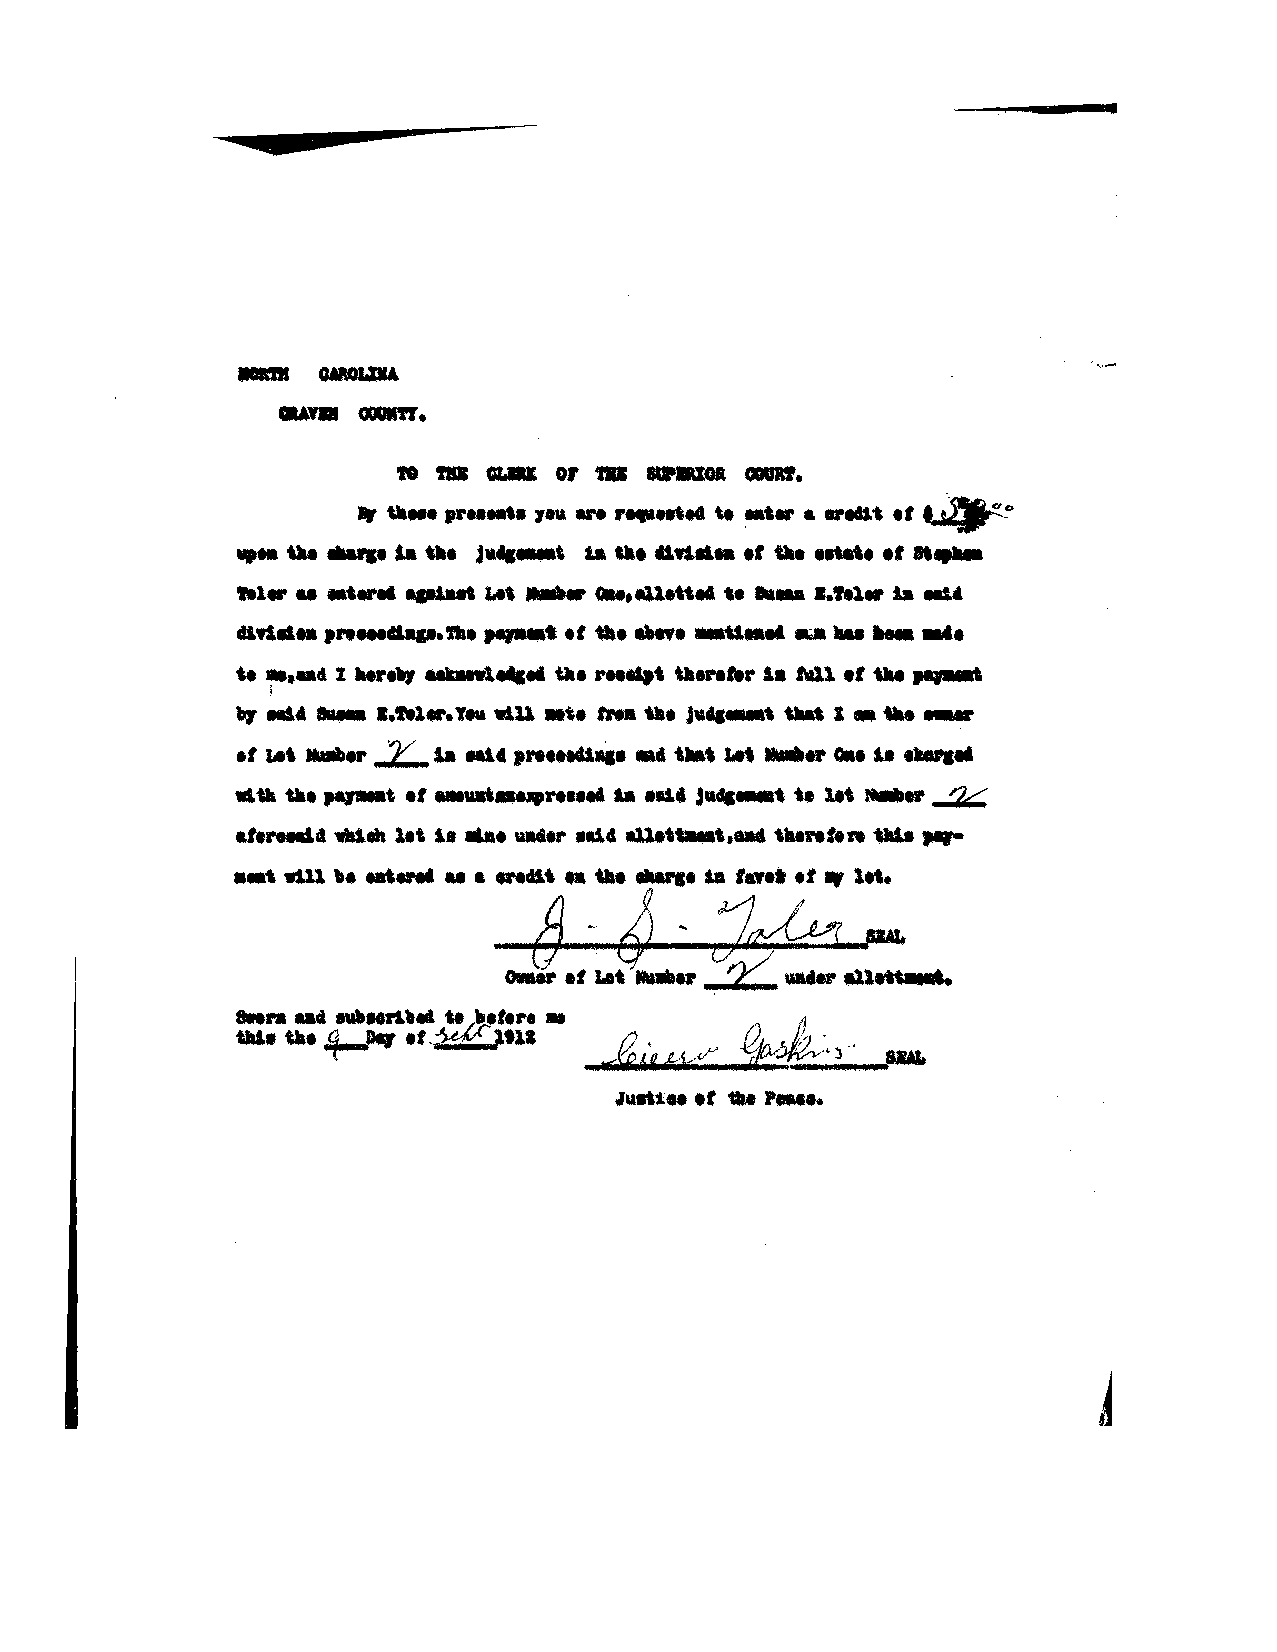
a
 to til CUll or til __01 cant•
 .,         7           -
 ~
 .. a   t
 .,~~
 "P" tu    la tlte j  , b til....... • t tlae eltat, ., ......
 tel             LI'    oa_,.nett.. t   tel.. ta ..u
 aft
 &ap.a. ,.,..• •t    -.au
 &II Me    .
 .t. ,... •.
 u ~._cl 1 Mr    1..... til t \Ia.n"" la tta11 .t \U .....
 .,       1•.,.1 Yea will     j     , __ I _  ...
 ,NI""'
 •, ~t .- .J::..u ale          J.L,.e_t t Ga. l8 ..
 •• tlae ,.,..at .,       ill           1.t    ~
 "'.r
 .,        lit S.e     .4 41.t  , .... tll , _. ,.,.
 ••, will ,          tilt .. tile tl&U'l_ ill '.et ., lit' ltt.
 ...
 ~
 ...
 ..,.................
 ~--..,... ~
 .u.....
 _   _u